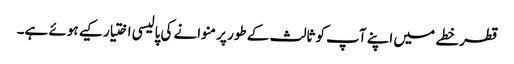
قطر خطے میں اپنے آپ کو ثالث کے طور پر منوانے کی پالیسی اختیار کیے ہوئے ہے۔